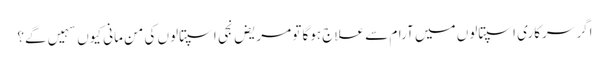
اگر سرکاری اسپتالوں میں آرام سے علاج ہوگا تو مریض نجی اسپتالوں کی من مانی کیوں سہیں گے؟